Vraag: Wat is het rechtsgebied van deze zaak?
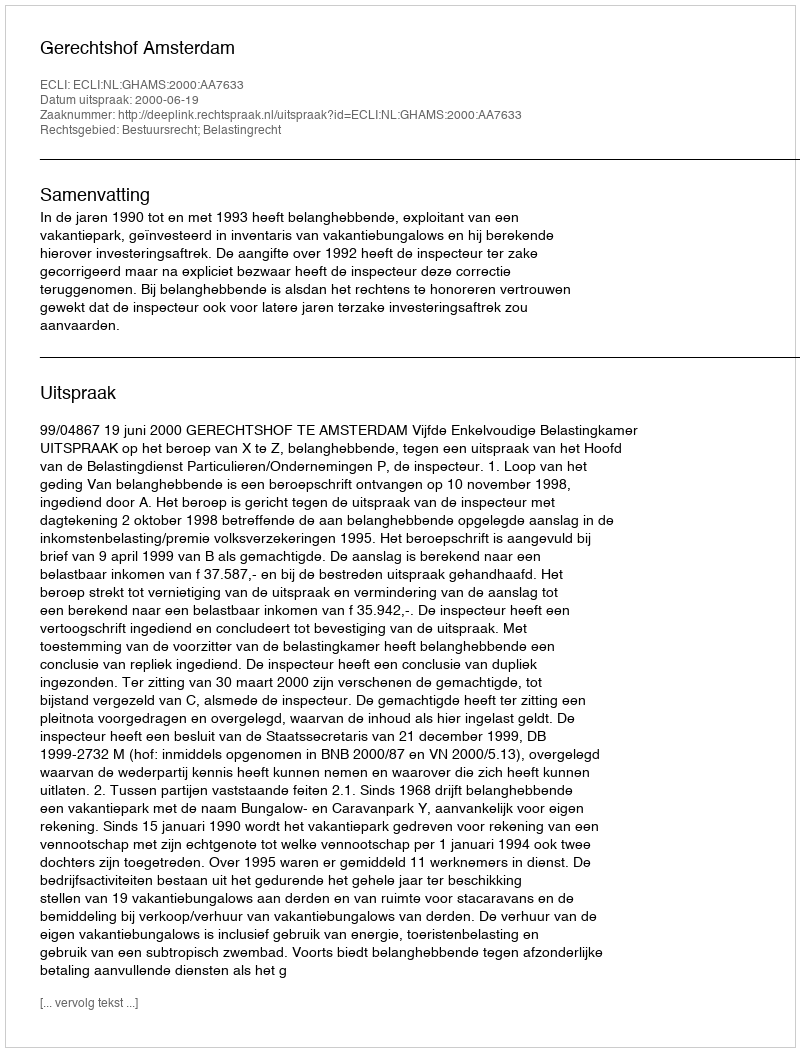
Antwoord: Bestuursrecht; Belastingrecht